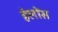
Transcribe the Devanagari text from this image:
हेलोंस